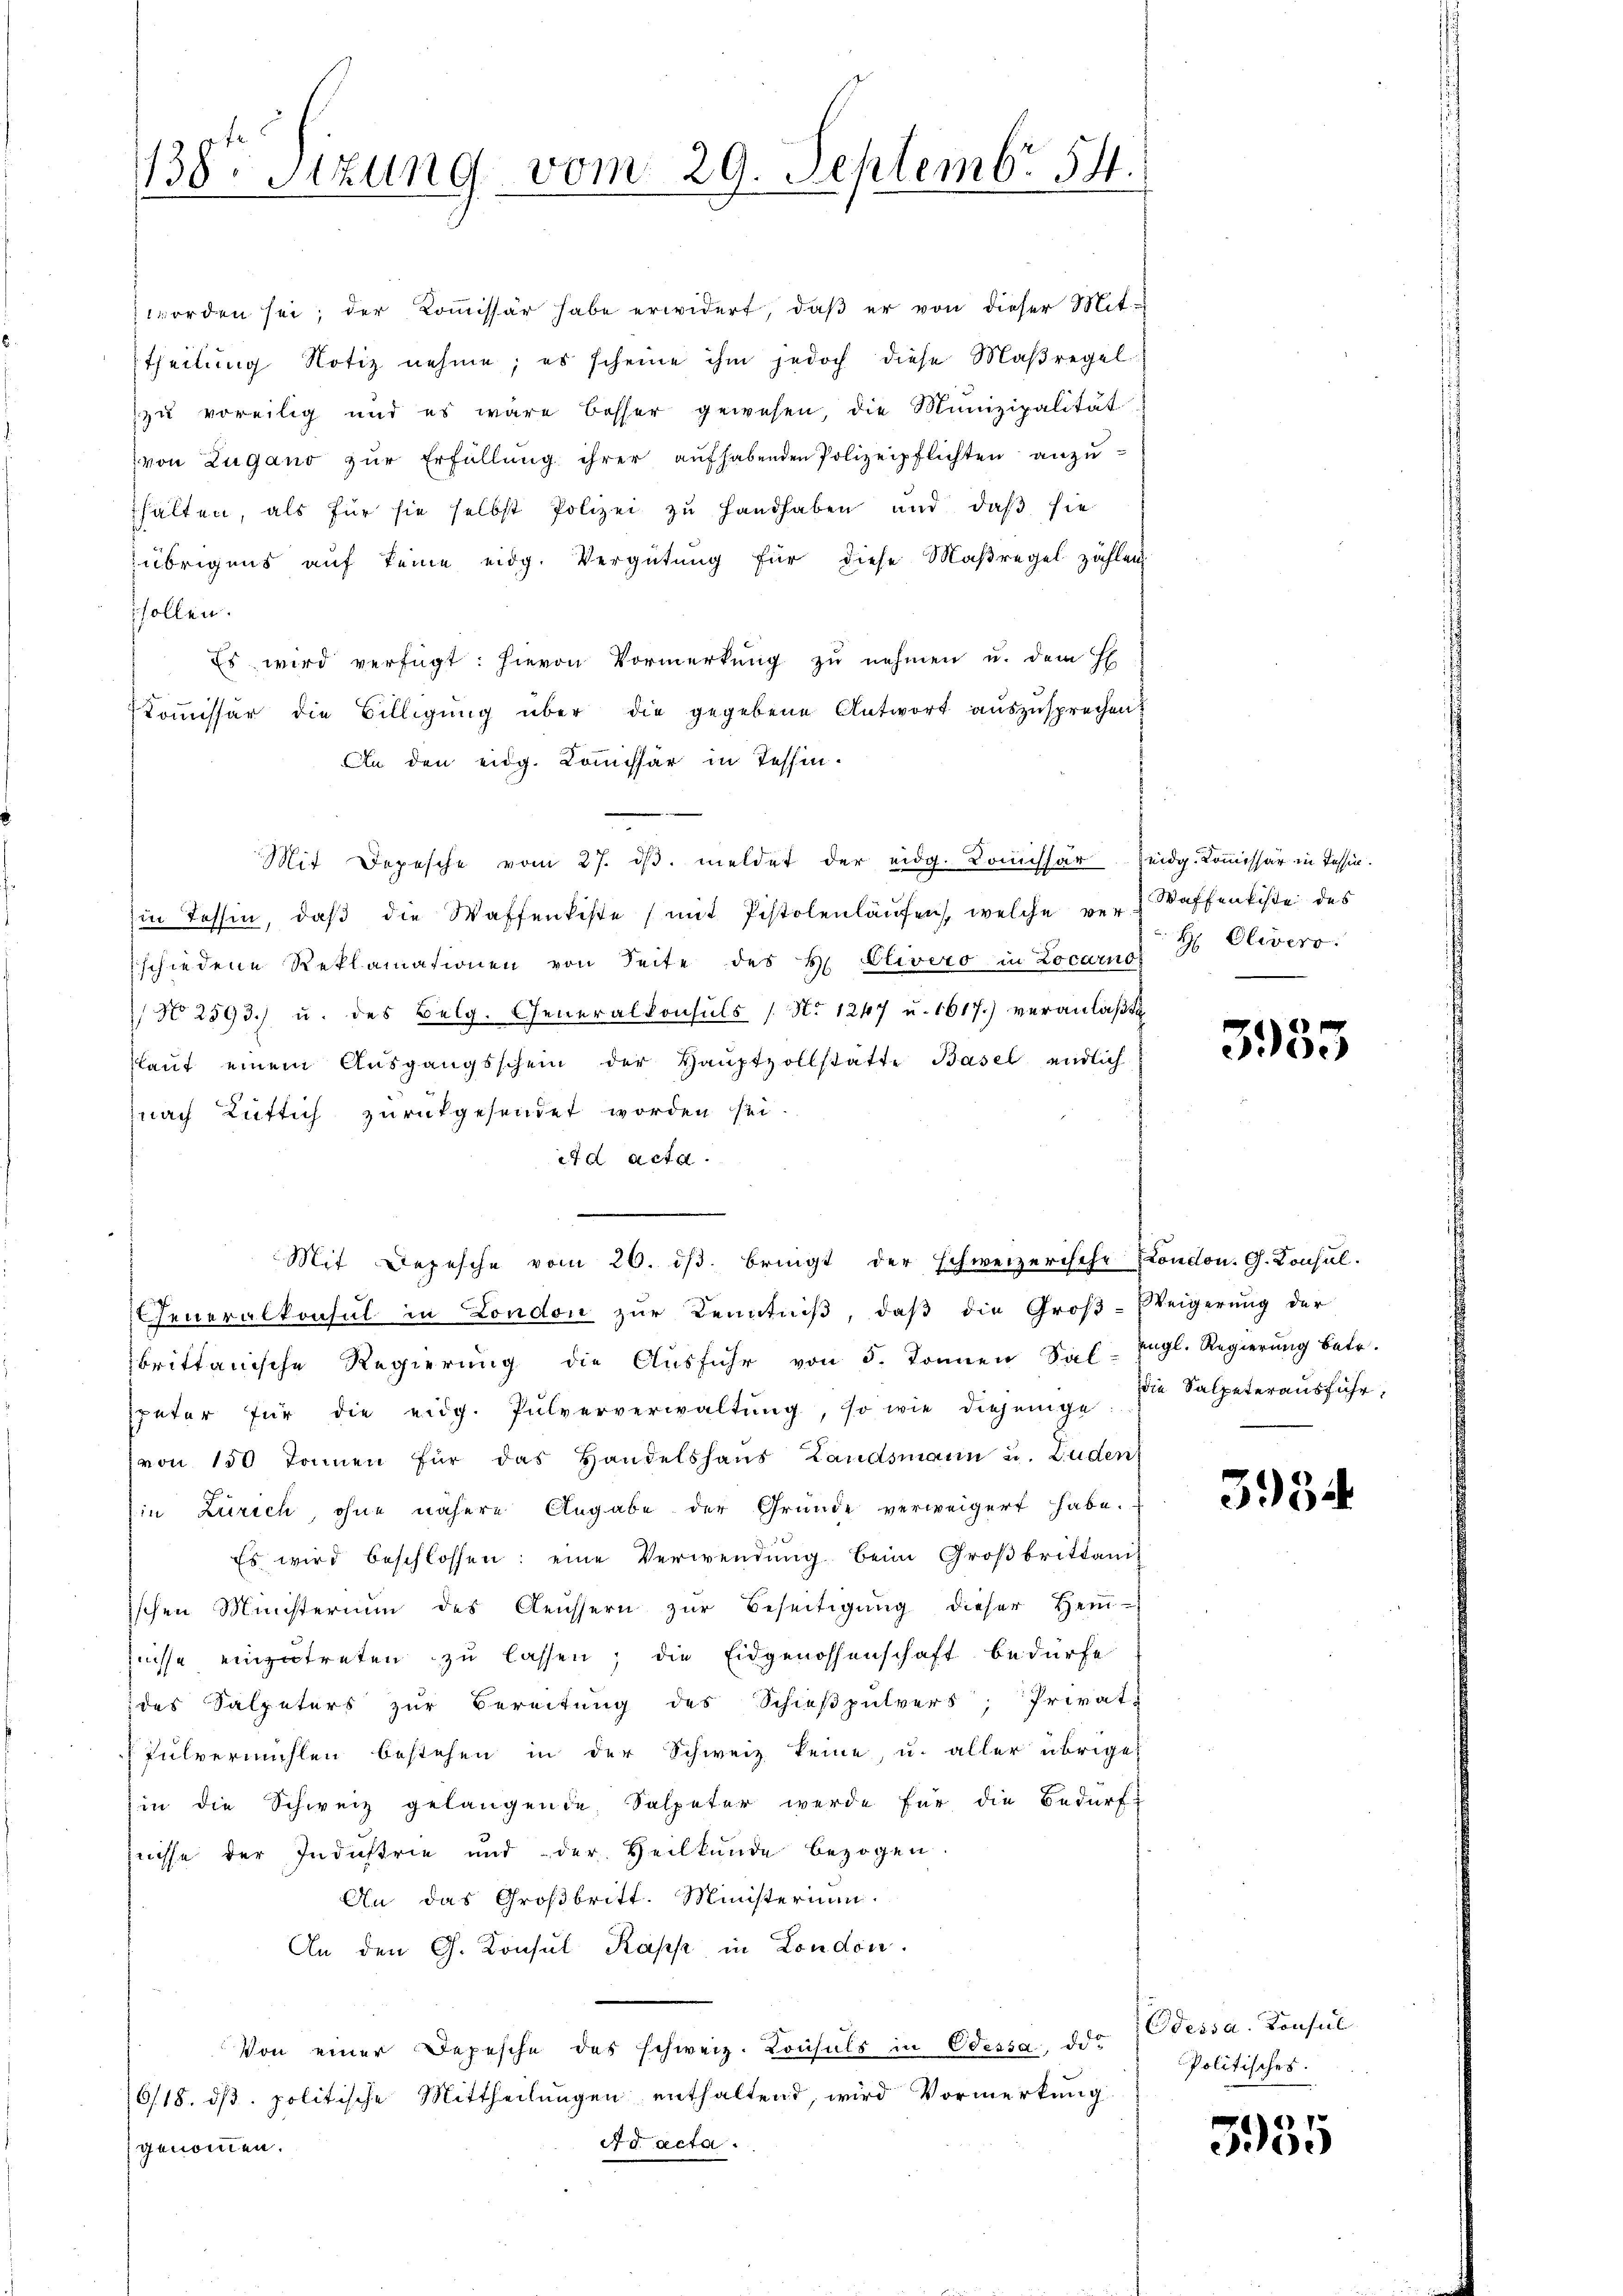
1380 Stzung vom 29. Septembr 54.

worden sei; der Koṁissär habe erwidert, daβ er von dieser Mit-
theilung Notiz nehme; es scheine ihm jedoch diese Maßregel
zu voreilig und es wäre besser gewesen, die Munizipalität
von Zugano zur Erfüllung ihrer aufhabenden Polizeipflichten anzuhalten, als für sie selbst Polizei zŭ handhaben und daβ sie
übrigens auf keine eidg. Vergütŭng für diese Maßregel zahlen
sollen.
Es wird verfügt: hievon Vormerkŭng zu nehmen u. dem H
Commissär die Billigung über die gegebene Antwort auszusprechen
An den eidg. Commissär in Tessin.
Mit Depesche vom 27. dβ. meldet der eidg. Komissär Zeidg. Kommissär in Tessin.
Iin Tessin, daβ die Waffenkiste (mit Pistolenlaŭfen, welche ver Waffenkiste des
schiedene Reklamationen von Seite des H. Elivero in Locarnos
 No 2593.) u. des Belg. Generalkonsuls / No 1247 u. 1617.) veranlaßt
slaŭf einem Aŭsgangsschein der Haŭptzollstatte Basel endlich
nach Rütlich zurückgesendet worden sei.
ed acta.
Mit Depesche vom 26. dβ. bringt der schweizerische London. G. Consul-
Feneralkonsul in London zur Kenntniß, daß die Groß-Weigerung der
brittanische Regierŭng die Aŭsführ von 5. Tonnen Sal-Engl. Regierŭng betr.
spater für die eidg. Pulververwaltŭng, so wie diejenige
von 150 Tonnen für das Handelshaus Landsmann u. Luden
in Zürich, ohne nähere Angabe der Grunde verweigert habe.
Es wird beschlossen: eine Verwendung beim Großbrittanis
ischen Ministerium des Aeussern zŭr Beseitigŭng dieser Hein-
fnisse einzutreten zu lassen; die Eidgenossenschaft bedürfe
des Salpeters zŭr Bereitŭng des Schieβpŭlver, Privat-
Pulvermühlen bestehen in der Schweiz keine, u. aller übrige
in die Schweiz gelangende Salpeter werde für die Bedürf-
nisse der Industrie und der Heilkunde bezogen.
An das Großbritt. Ministerium.
An den G. Konsul Kapp in London.
Von einer Depesche des schweiz. Konsuls in Odessa, der dessa. Konsul
6/18. dβ. politische Mittheilungen enthaltend, wird Vormerkung
Ad acta.
genommen.

H Olivero

3955

die Salpeterausführ,

3954

Politisches.

5935